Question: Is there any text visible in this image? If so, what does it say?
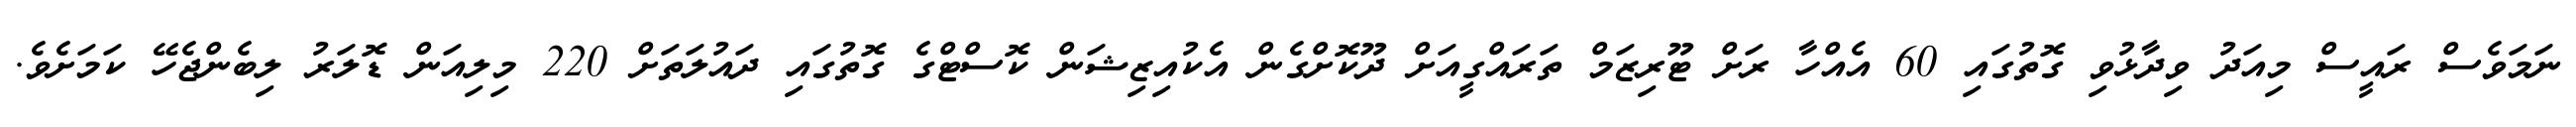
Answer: ނަމަވެސް ރައީސް މިއަދު ވިދާޅުވި ގޮތުގައި 60 އެއްހާ ރަށް ޓޫރިޒަމް ތަރައްގީއަށް ދޫކޮށްގެން އެކުއިޒިޝަން ކޮސްޓްގެ ގޮތުގައި ދައުލަތަށް 220 މިލިއަން ޑޮލަރު ލިބެންޖެހޭ ކަމަށެވެ.